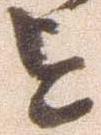
を